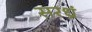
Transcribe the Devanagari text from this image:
सरध्रं